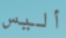
أليس